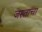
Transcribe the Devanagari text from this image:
जस्ताचा